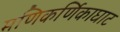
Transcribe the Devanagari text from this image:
मणिकर्णिकाघाट